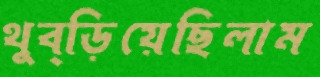
থুব্‌ড়িয়েছিলাম